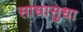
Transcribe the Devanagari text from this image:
साधासुधा